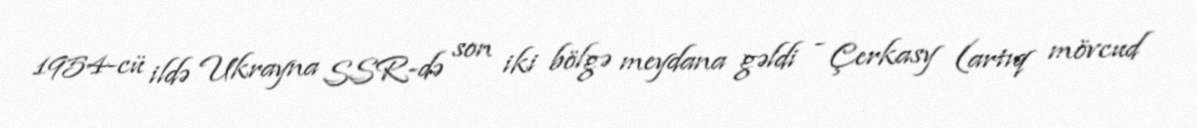
1954-cü ildə Ukrayna SSR-də son iki bölgə meydana gəldi - Çerkasy (artıq mövcud